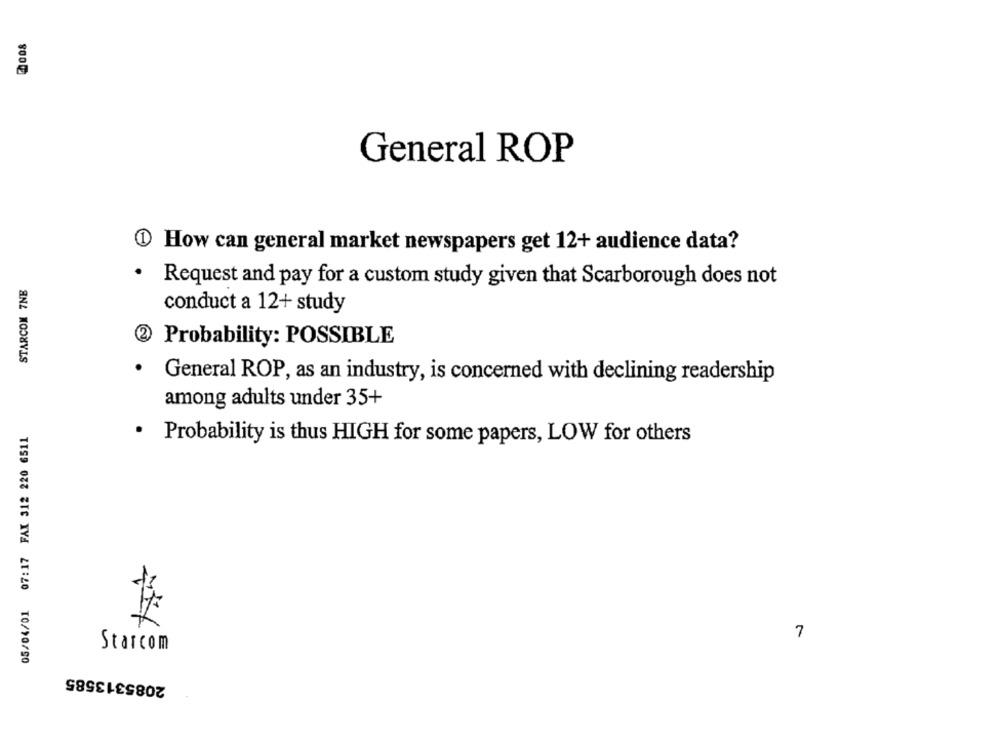
8004
General ROP
How can general market newspapers get 12+ audience data?
STARCOM 7NE
Request and pay for a custom study given that Scarborough does not
conduct a 12+ study
Probability: POSSIBLE
General ROP, as an industry, is concerned with declining readership
among adults under 35+
05/04/01 07:17 FAX 312 220 6511
. Probability is thus HIGH for some papers, LOW for others
7
Starcom
2085313585